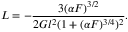
{ \cal L } = - \frac { 3 ( \alpha { \cal F } ) ^ { 3 / 2 } } { 2 G l ^ { 2 } ( 1 + ( \alpha { \cal F } ) ^ { 3 / 4 } ) ^ { 2 } } .